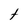
Character: t